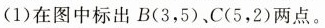
(1)在图中标出B(3，5)、C(5，2)两点。